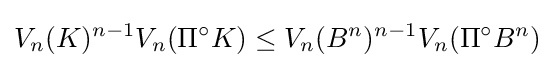
V_{n}(K)^{n-1}V_{n}(\Pi ^{\circ }K)\leq V_{n}(B^{n})^{n-1}V_{n}(\Pi ^{\circ }B^{n})